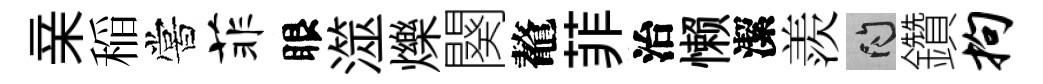
亲稲嘗菲眼澨爍闋鼇菲治懒潔羨問鑽拘